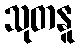
သုတနူ